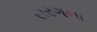
સરગના